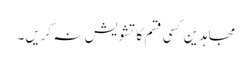
مجاہدین کسی قسم کا تشویش نہ کریں۔